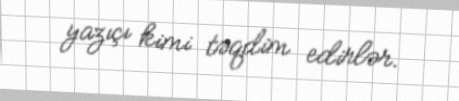
yazıçı kimi təqdim edirlər.